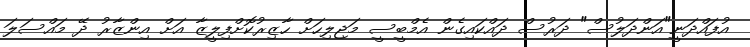
އުފައްދަނީ"އަންދަލުސް" ދަރުސް ދައްކައިގެން އެމްބީސީ މަޖިލިހަށް ހާޒިރުކޮށްފިލީޒާ އަށް އިންޒާރު ދޭ މައްސަލަ